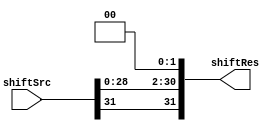
`timescale 1ns / 1ps
//////////////////////////////////////////////////////////////////////////////////
// Company: 
// Engineer: 
// 
// Design Name: 
// Module Name: shiftBitModules
// Project Name: 
// Target Devices: 
// Tool Versions: 
// Description: 
// 
// Dependencies: 
// 
// Revision:
// Revision 0.01 - File Created
// Additional Comments:
// 
//////////////////////////////////////////////////////////////////////////////////


module signedShiftLeft #(parameter shiftBits = 2,
                            dataWidth = 32)(
                        output[dataWidth-1:0] shiftRes, 
                        input[dataWidth-1:0] shiftSrc);
    assign shiftRes = {shiftSrc[dataWidth-1], shiftSrc[(dataWidth-shiftBits-2):0], {shiftBits{1'b0}}};
endmodule